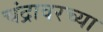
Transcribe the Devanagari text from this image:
चंद्रावरच्या